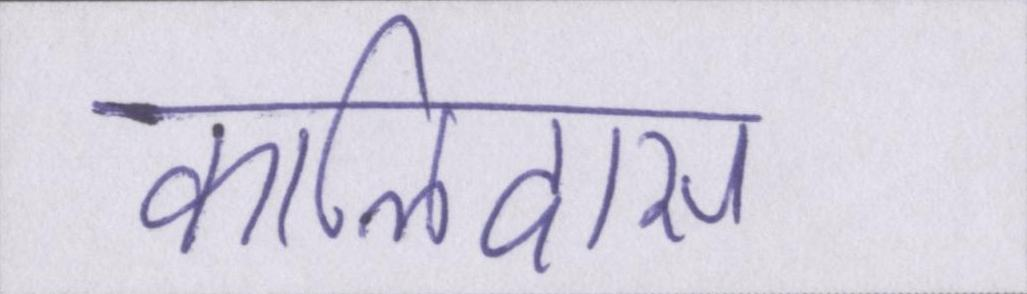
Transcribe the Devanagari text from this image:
कालिदास